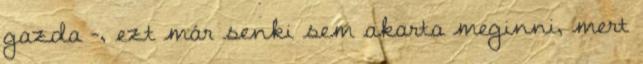
gazda -, ezt már senki sem akarta meginni, mert